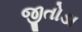
જીતોડા